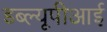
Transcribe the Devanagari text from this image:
डब्ल्यूपीआई